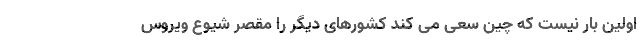
اولین بار نیست که چین سعی می کند کشورهای دیگر را مقصر شیوع ویروس